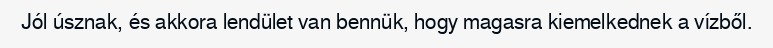
Jól úsznak, és akkora lendület van bennük, hogy magasra kiemelkednek a vízből.